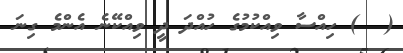
(  ) ހިއްސާ ވިއްކުމުގެ ހުއްދަ ދީ ވިއްކޭނެ އެންމެ ގިނަ